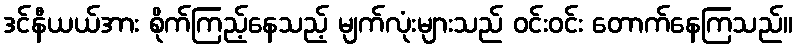
ဒင်နီယယ်အား စိုက်ကြည့်နေသည့် မျက်လုံးများသည် ဝင်းဝင်း တောက်နေကြသည်။